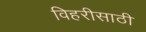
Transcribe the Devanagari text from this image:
विहरीसाठी